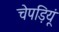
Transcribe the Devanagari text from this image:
चेपड़ियूं